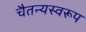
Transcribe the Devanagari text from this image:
चैतन्यस्वरूप